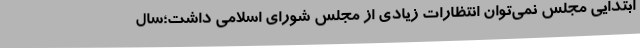
ابتدایی مجلس نمی‌توان انتظارات زیادی از مجلس شورای اسلامی داشت؛سال